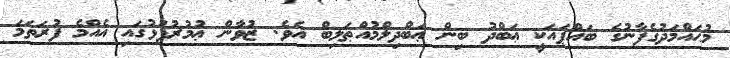
މުޙައްމަދުގެފާނުގެ ބައްޕައަކީ ޢަބްދު ބިން ޢަބްދިލްމުއްޠަލިބް އެވެ. ޒުވާން ޢުމުރުފުޅުގައި އެއްމެ ފުރަތަމަ